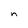
Character: n